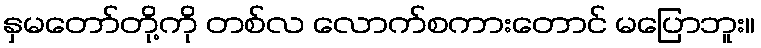
နှမတော်တို့ကို တစ်လ လောက်စကားတောင် မပြောဘူး။